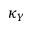
\kappa _ { Y }